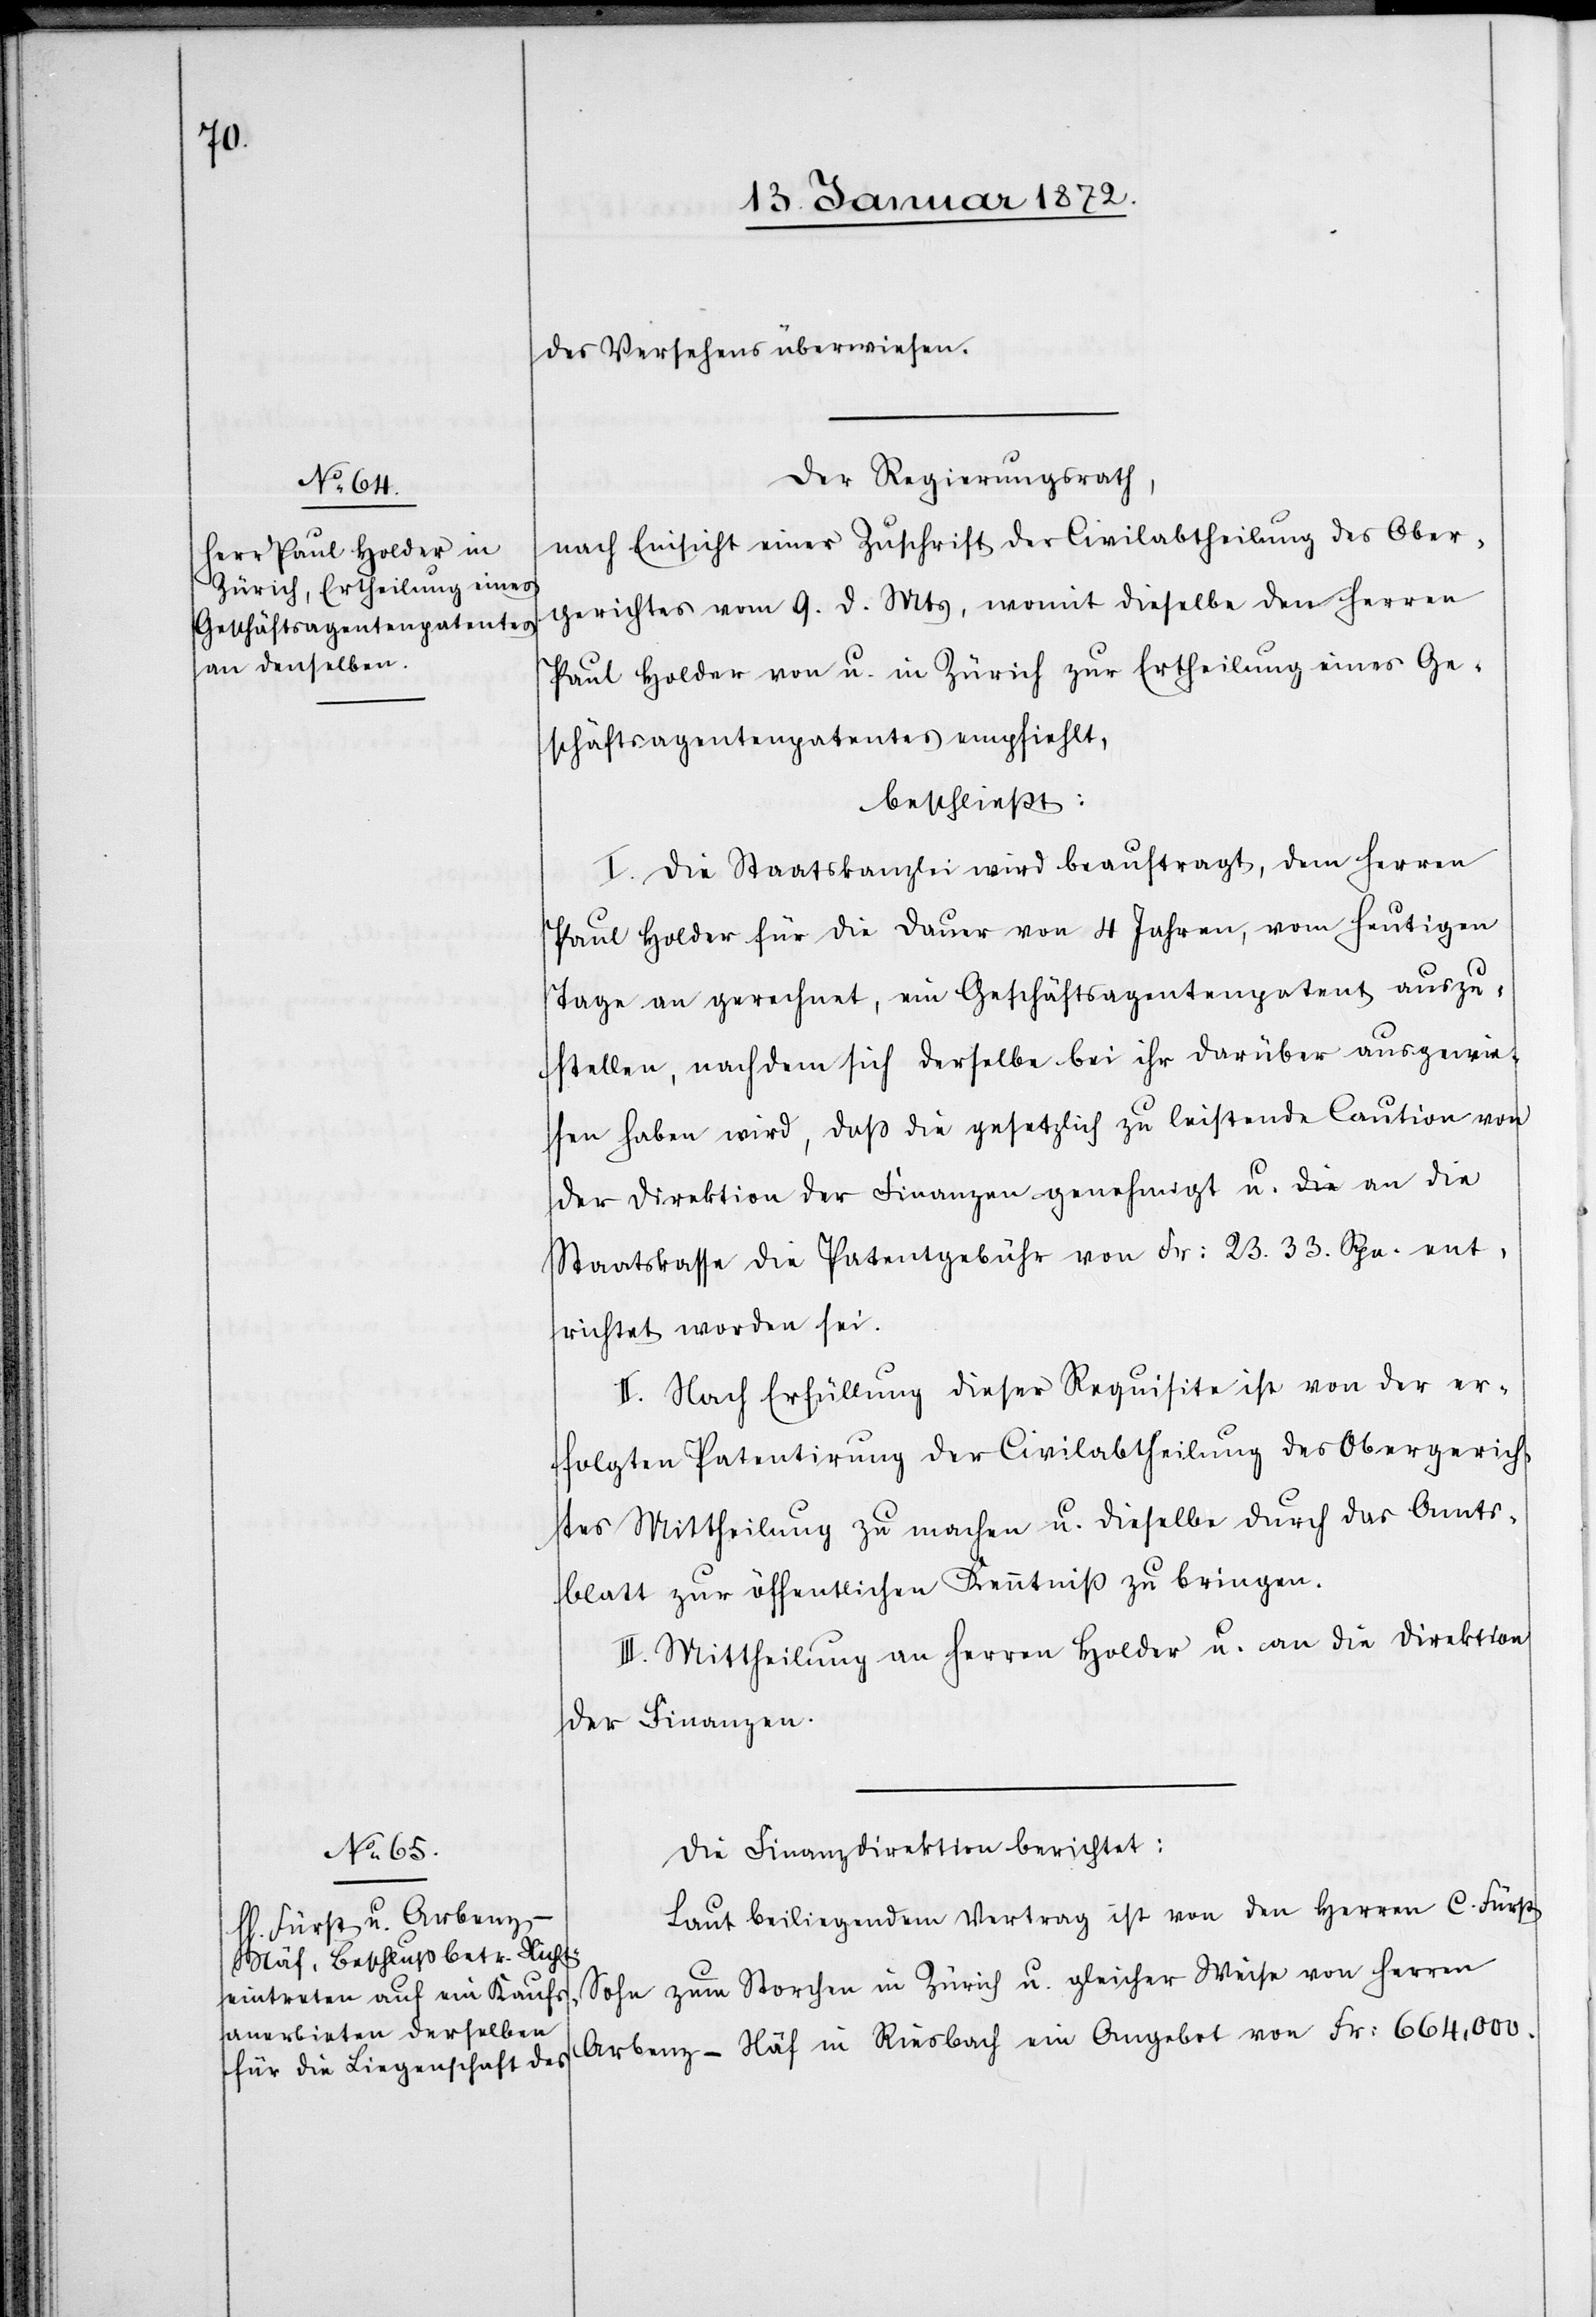
des Versehens überwiesen.
Der Regierungsrath,
nach Einsicht einer Zuschrift der Civilabtheilung des Ober¬
gerichtes vom 9. d. Mts, womit dieselbe den Herren
Paul Holder von u. in Zürich zur Ertheilung eines Ge¬
schäftsagentenpatentes empfiehlt,
beschließt:
I. Die Staatskanzlei wird beauftragt, dem Herren
Paul Holder für die Dauer von 4 Jahren, vom heutigen
Tage an gerechnet, ein Geschäftsagentenpatent auszu¬
stellen, nachdem sich derselbe bei ihr darüber ausgewie¬
sen haben wird, daß die gesetzlich zu leistende Caution von
der Direktion der Finanzen genehmigt u. an die
Staatskasse die Patentgebühr von Fr: 23. 33. Rpn. ent¬
richtet worden sei.
II. Nach Erfüllung dieser Requisite ist von der er¬
folgten Patentirung der Civilabtheilung des Obergerich¬
tes Mittheilung zu machen u. dieselbe durch das Amts¬
blatt zur öffentlichen Kenntniß zu bringen.
III. Mittheilung an Herren Holder u. an die Direktion
der Finanzen.
Die Finanzdirektion berichtet:
Laut beiliegendem Vertrag ist von den Herren C. Fürst
Sohn zum Storchen in Zürich u. gleicher Weise von Herren
Arbenz-Näf in Riesbach ein Angebot von Fr: 664,000.